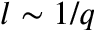
l \sim 1 / q